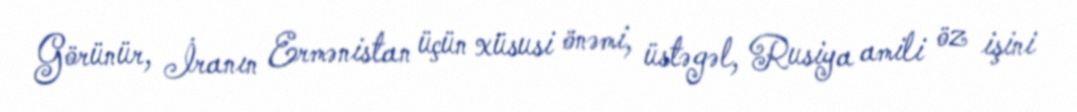
Görünür, İranın Ermənistan üçün xüsusi önəmi, üstəgəl, Rusiya amili öz işini